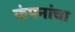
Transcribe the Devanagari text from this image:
कंपनांचा